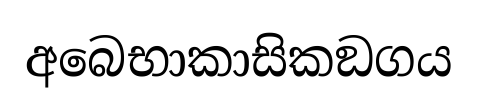
අබෙභාකාසිකඞගය